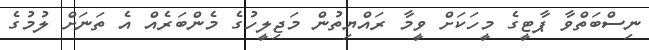
ނިސްބަތްވާ ޕާޓީގެ މީހަކަށް ވީމާ ރައްޔިތުން މަޖިލީހުގެ މެންބަރެއް އެ ތަނަށް ލުމުގެ